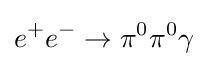
e^{+}e^{-}\to \pi ^{0}\pi ^{0}\gamma